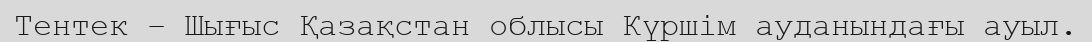
Тентек – Шығыс Қазақстан облысы Күршім ауданындағы ауыл.